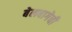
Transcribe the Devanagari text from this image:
बेलबागेची